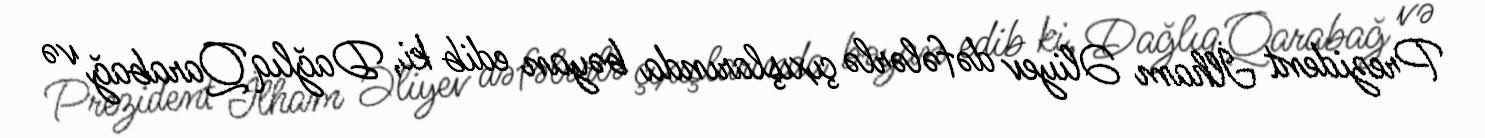
Prezident İlham Əliyev dəfələrlə çıxışlarında bəyan edib ki, Dağlıq Qarabağ və